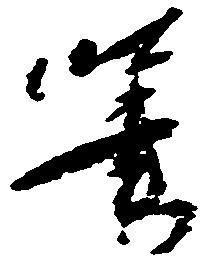
筆